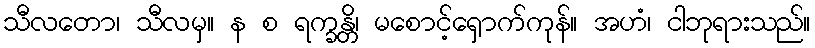
သီလတော၊ သီလမှ။ န စ ရက္ခန္တိ၊ မစောင့်ရှောက်ကုန်။ အဟံ၊ ငါဘုရားသည်။